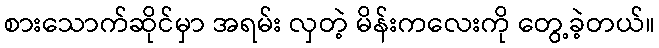
စားသောက်ဆိုင်မှာ အရမ်း လှတဲ့ မိန်းကလေးကို တွေ့ခဲ့တယ်။